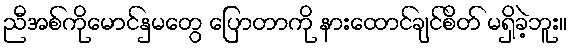
ညီအစ်ကိုမောင်နှမတွေ ပြောတာကို နားထောင်ချင်စိတ် မရှိခဲ့ဘူး။